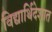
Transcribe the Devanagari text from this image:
विद्यार्थिदेशात